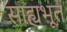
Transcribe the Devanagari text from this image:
साह्यभूत